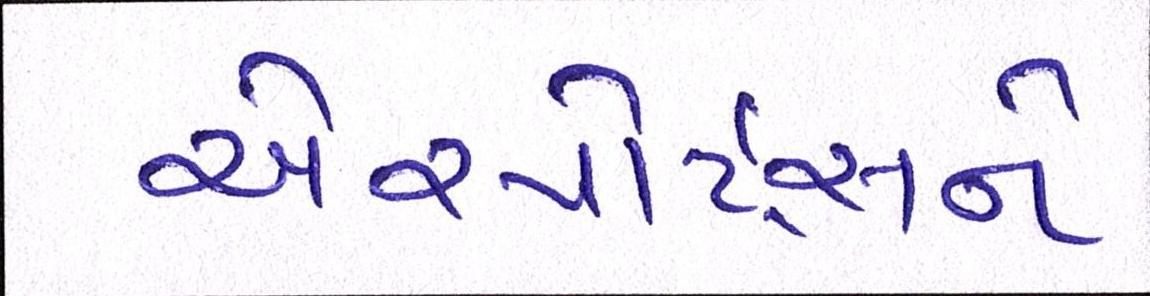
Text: એરપોર્ટ્સને